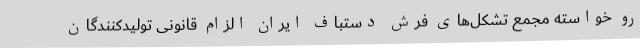
رو خواسته مجمع تشکل‌های فرش دستباف ایران الزام قانونی تولیدکنندگان